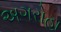
અગરોહા